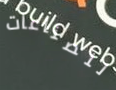
للصناعات